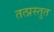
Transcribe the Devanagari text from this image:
तत्प्रस्तुत